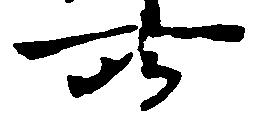
所